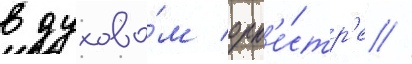
в духово́м орк'е́стр'е //